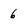
Character: 6